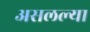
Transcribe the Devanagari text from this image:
असलल्या